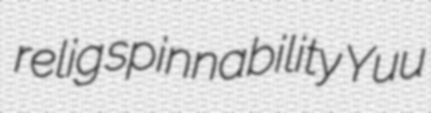
relig spinnability Yuu